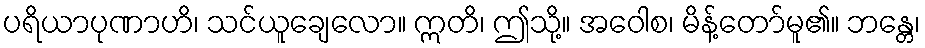
ပရိယာပုဏာဟိ၊ သင်ယူချေလော။ ဣတိ၊ ဤသို့။ အဝေါစ၊ မိန့်တော်မူ၏။ ဘန္တေ၊